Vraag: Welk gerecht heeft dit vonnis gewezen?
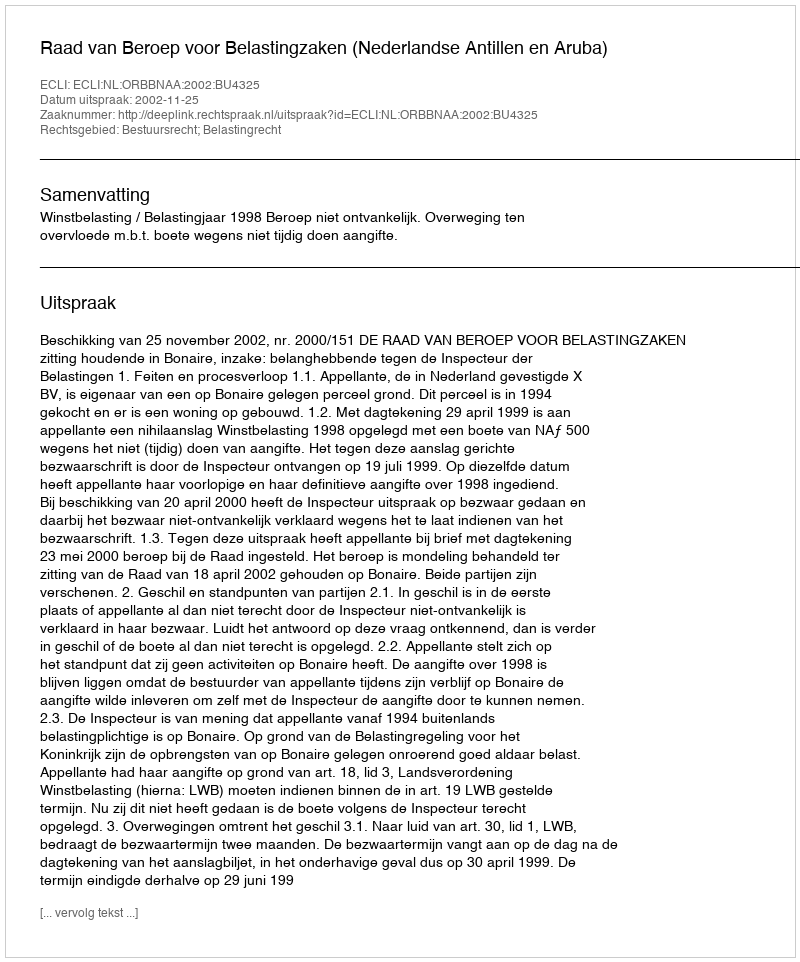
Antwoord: Raad van Beroep voor Belastingzaken (Nederlandse Antillen en Aruba)